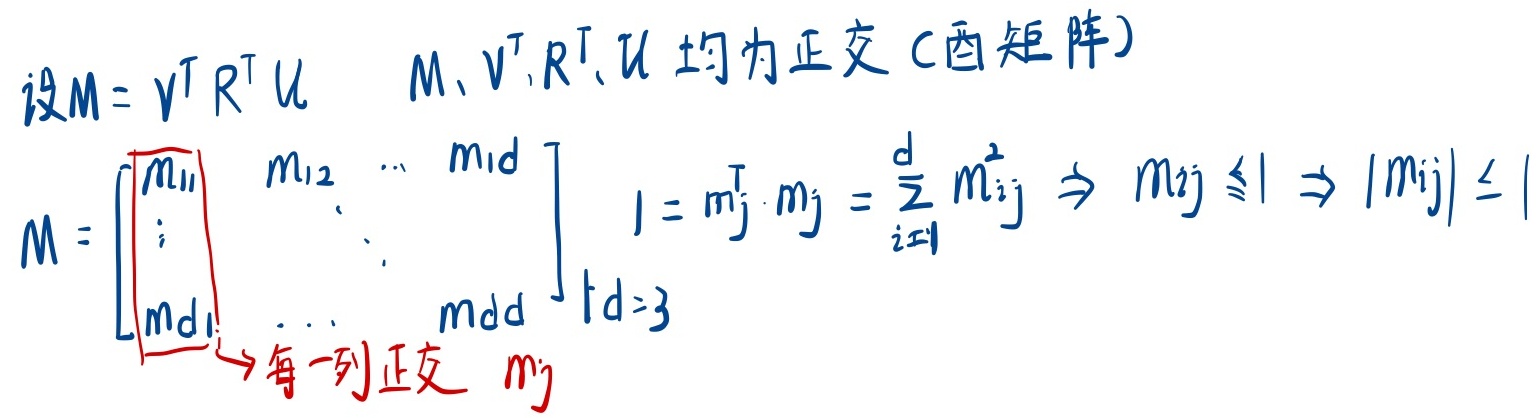
设\(M = V^T R^T U\)，\(M\)，\(V^T\)，\(R^T\)，\(U\)均为正交（酉矩阵）。
\(M=\begin{bmatrix}m_{11} & m_{12} & \cdots & m_{1d}\\\vdots & \ddots & & \vdots\\m_{d1} & \cdots & & m_{dd}\end{bmatrix}\)，
因为\(1 = m_j^T\cdot m_j=\sum_{i = 1}^{d}m_{ij}^{2}\Rightarrow m_{ij}\leq1\Rightarrow|m_{ij}|\leq1\) ，\((d = 3)\)，
每一列正交（\(m_j\)）。